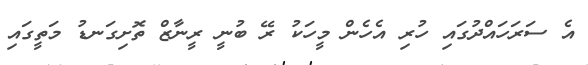
އެ ސަރަހައްދުގައި ހުރި އެހެން މީހަކު ރޭ ބުނީ ރީނާޒް ތޮށިގަނޑު މަތީގައި